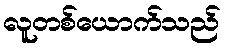
လူတစ်ယောက်သည်